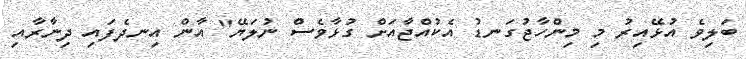
ބަލިވެ އުޅޭއިރު މި މިންހާޖުގަނޑު އެކުއްޖާއަށް ގުޅާވެސް ނުލަޔޭ" އާން އިނދެފައި ދިނާރާއި